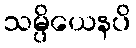
သမ္ပိယေနပိ